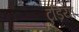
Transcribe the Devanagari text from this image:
टुड़िया